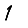
Digit: 1